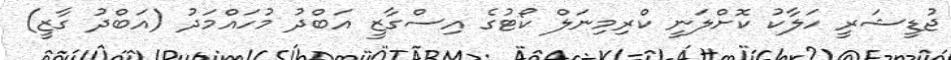
ޖުޑީޝަރީ ހަލާކު ކޮށްލަނީ ކްރިމިނަލް ކޯޓުގެ އިސްގާޒީ އަބްދު މުހައްމަދު (އަބްދު ގާޒީ)